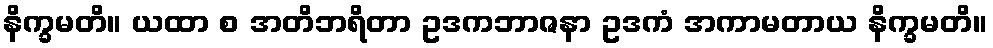
နိက္ခမတိ။ ယထာ စ အတိဘရိတာ ဥဒကဘာဇနာ ဥဒကံ အကာမတာယ နိက္ခမတိ။